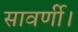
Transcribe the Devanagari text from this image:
सावर्णी।